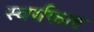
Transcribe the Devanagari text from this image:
स्वर्गफल